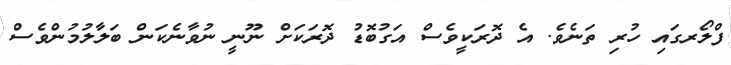
ފްލޯރގައި ހުރި ތަނެވެ. އެ ދޮރަކީވެސް އަގުބޮޑު ދޮރަކަށް ނޫނީ ނުވާނެކަން ބަލާލުމުންވެސް